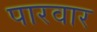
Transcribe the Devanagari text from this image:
पारवार